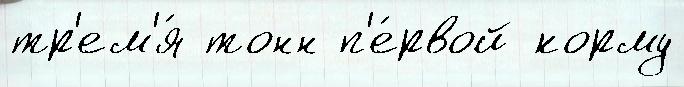
тр'ем'я́ тонн п'е́рвой корму